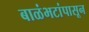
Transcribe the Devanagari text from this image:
बाळंभटांपासून